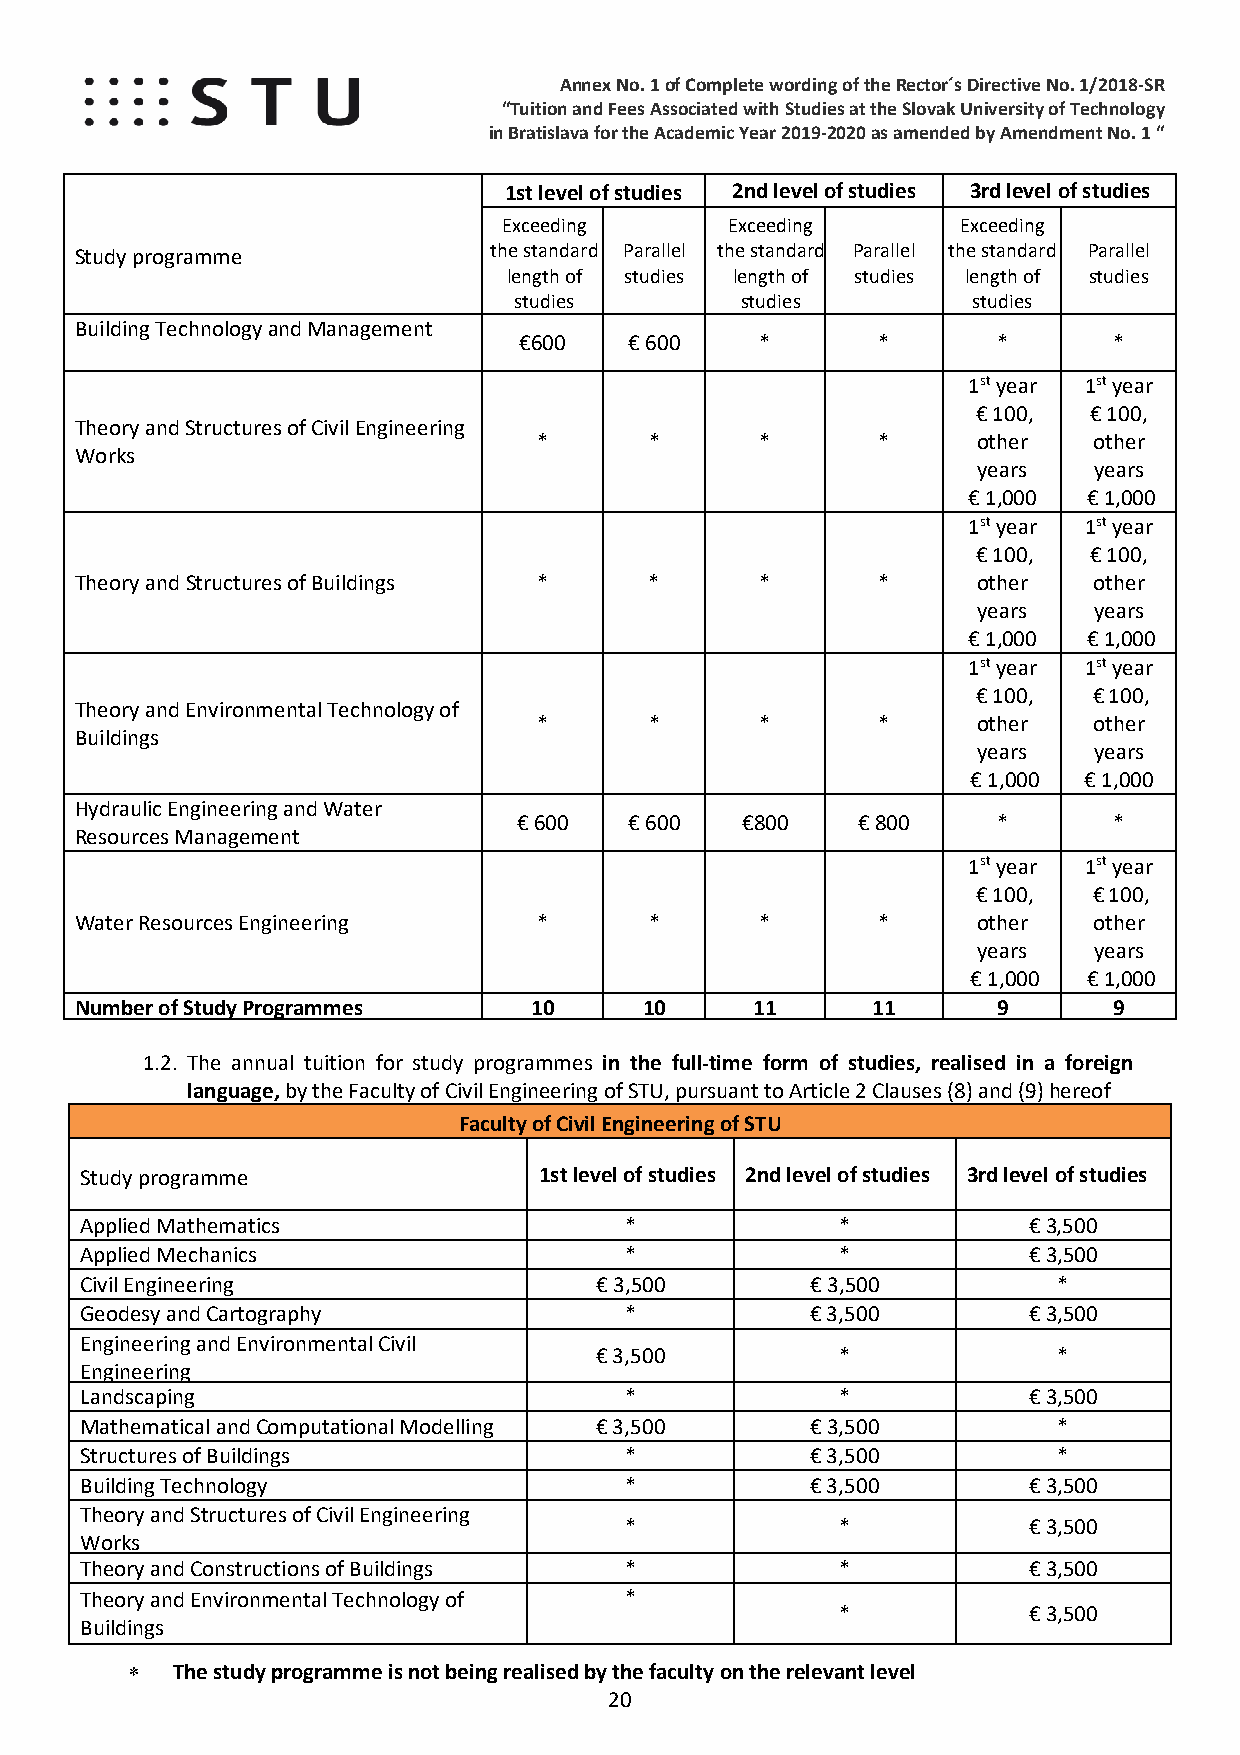
Annex No. 1 of Complete wording of the Rector´s Directive No. 1/2018-SR
 “Tuition and Fees Associated with Studies at the Slovak University of Technology
 in Bratislava for the Academic Year 2019-2020 as amended by Amendment No. 1 “
 1st level of studies 2nd level of studies 3rd level of studies
 Exceeding      Exceeding       Exceeding
 Study programme            the standard Parallel the standard Parallel the standard Parallel
 length of studies length of studies length of studies
 studies        studies        studies
 Building Technology and Management
 €600    € 600   *       *       *       *
 1st year 1st year
 € 100, € 100,
 Theory and Structures of Civil Engineering
 *      *      *       *      other  other
 Works
 years  years
 € 1,000 € 1,000
 1st year 1st year
 € 100, € 100,
 Theory and Structures of Buildings *  *      *       *      other  other
 years  years
 € 1,000 € 1,000
 1st year 1st year
 € 100, € 100,
 Theory and Environmental Technology of
 *      *      *       *      other  other
 Buildings
 years  years
 € 1,000 € 1,000
 Hydraulic Engineering and Water
 € 600   € 600  €800    € 800    *       *
 Resources Management
 1st year 1st year
 € 100, € 100,
 Water Resources Engineering    *      *      *       *      other  other
 years  years
 € 1,000 € 1,000
 Number of Study Programmes    10      10     11      11      9       9
 1.2. The annual tuition for study programmes in the full-time form of studies, realised in a foreign
 language, by the Faculty of Civil Engineering of STU, pursuant to Article 2 Clauses (8) and (9) hereof
 Faculty of Civil Engineering of STU
 Study programme                1st level of studies 2nd level of studies 3rd level of studies
 Applied Mathemat ics                *              *           € 3,500
 Applied Mechanics                   *              *           € 3,500
 Civil Engineering                 € 3,500        € 3,500         *
 Geodesy and Cartography             *            € 3,500       € 3,500
 Engineering and Environmental Civil
 € 3,500          *             *
 Engineering
 Landscaping                         *              *           € 3,500
 Mathematical and Computational Modelling € 3,500 € 3,500         *
 Structures of Buildings             *            € 3,500         *
 Building Technology                 *            € 3,500       € 3,500
 Theory and Structures of Civil Engineering
 *              *           € 3,500
 Works
 Theory and Constructions of Buildings *            *           € 3,500
 Theory and Environmental Technology of *
 *           € 3,500
 Buildings
 ∗  The study programme is not being realised by the faculty on the relevant level
 20